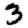
Digit: 3